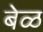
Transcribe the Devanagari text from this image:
बेळ